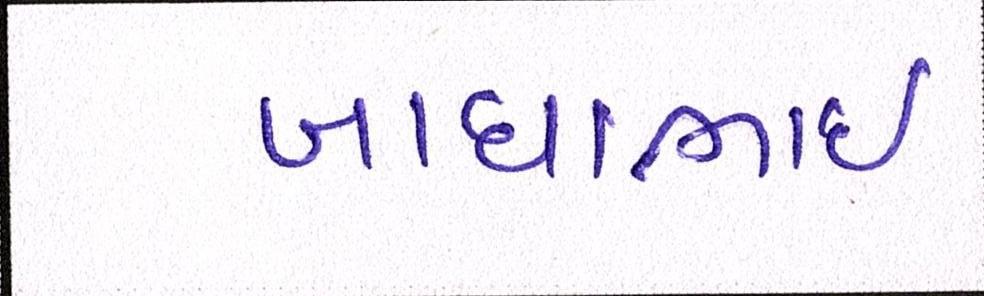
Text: બાઘાભાઇ